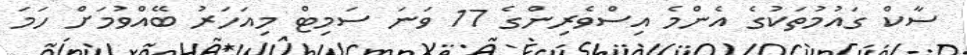
ސާކް ގައުމުތަކުގެ އެންމެ އިސްވެރިންގެ 17 ވަނަ ސަމިޓް މިއަހަރު ބޭއްވުމަށް ހަމަ